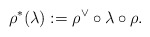
\begin{align*} \rho^* (\lambda) := \rho^\vee \circ \lambda \circ \rho.\end{align*}